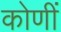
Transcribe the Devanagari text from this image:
कोणीं